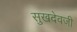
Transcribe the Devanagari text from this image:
सुखदेवजी